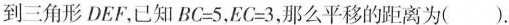
到三角形DEF，已知BC=5，EC=3，那么平移的距离为( ).